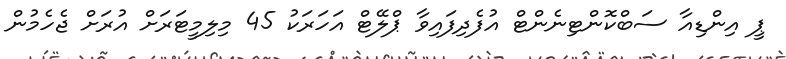
ޕީ އިންޑިއާ ސަބްކޮންޓިނެންޓް އުފެދިފައިވާ ޕްލޭޓް އަހަރަކު 45 މިލިމީޓަރަށް އުރަށް ޖެހެމުން